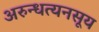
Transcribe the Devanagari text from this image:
अरुन्धत्यनसूय